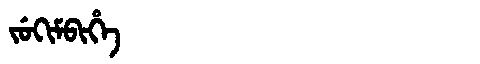
Manchu: ᠵᡠᡴᡳᠮᠪᡳᡥᡝ
Romanization: JUKIMBIHE